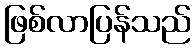
ဖြစ်လာပြန်သည်